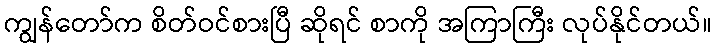
ကျွန်တော်က စိတ်ဝင်စားပြီ ဆိုရင် စာကို အကြာကြီး လုပ်နိုင်တယ်။